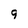
Character: 9